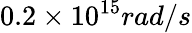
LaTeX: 0.2\times 10^{15}rad/s